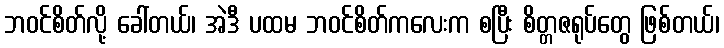
ဘဝင်စိတ်လို့ ခေါ်တယ်၊ အဲဒီ ပထမ ဘဝင်စိတ်ကလေးက စပြီး စိတ္တဇရုပ်တွေ ဖြစ်တယ်၊